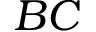
B C